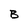
Character: B